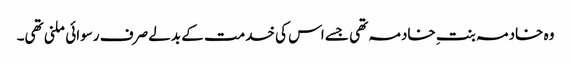
وہ خادمہ بنتِ خادمہ تھی جسے اس کی خدمت کے بدلے صرف رسوائی ملنی تھی۔